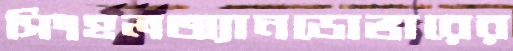
সিংহলঅ্যানডোভারের